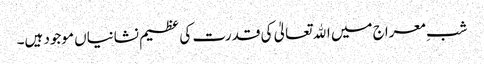
شبِ معراج میں اﷲ تعالیٰ کی قدرت کی عظیم نشانیاں موجود ہیں۔